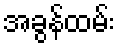
အခွန်ထမ်း